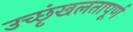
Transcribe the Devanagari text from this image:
उच्छृंखलतापूर्ण